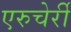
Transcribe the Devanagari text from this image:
एरुचेर्री